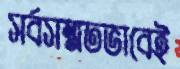
সর্বসম্মতভাবেই